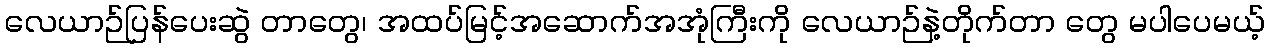
လေယာဉ်ပြန်ပေးဆွဲ တာတွေ၊ အထပ်မြင့်အဆောက်အအုံကြီးကို လေယာဉ်နဲ့တိုက်တာ တွေ မပါပေမယ့်